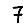
Digit: 7